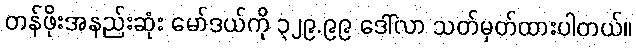
တန်ဖိုးအနည်းဆုံး မော်ဒယ်ကို ၃၂၉.၉၉ ဒေါ်လာ သတ်မှတ်ထားပါတယ်။